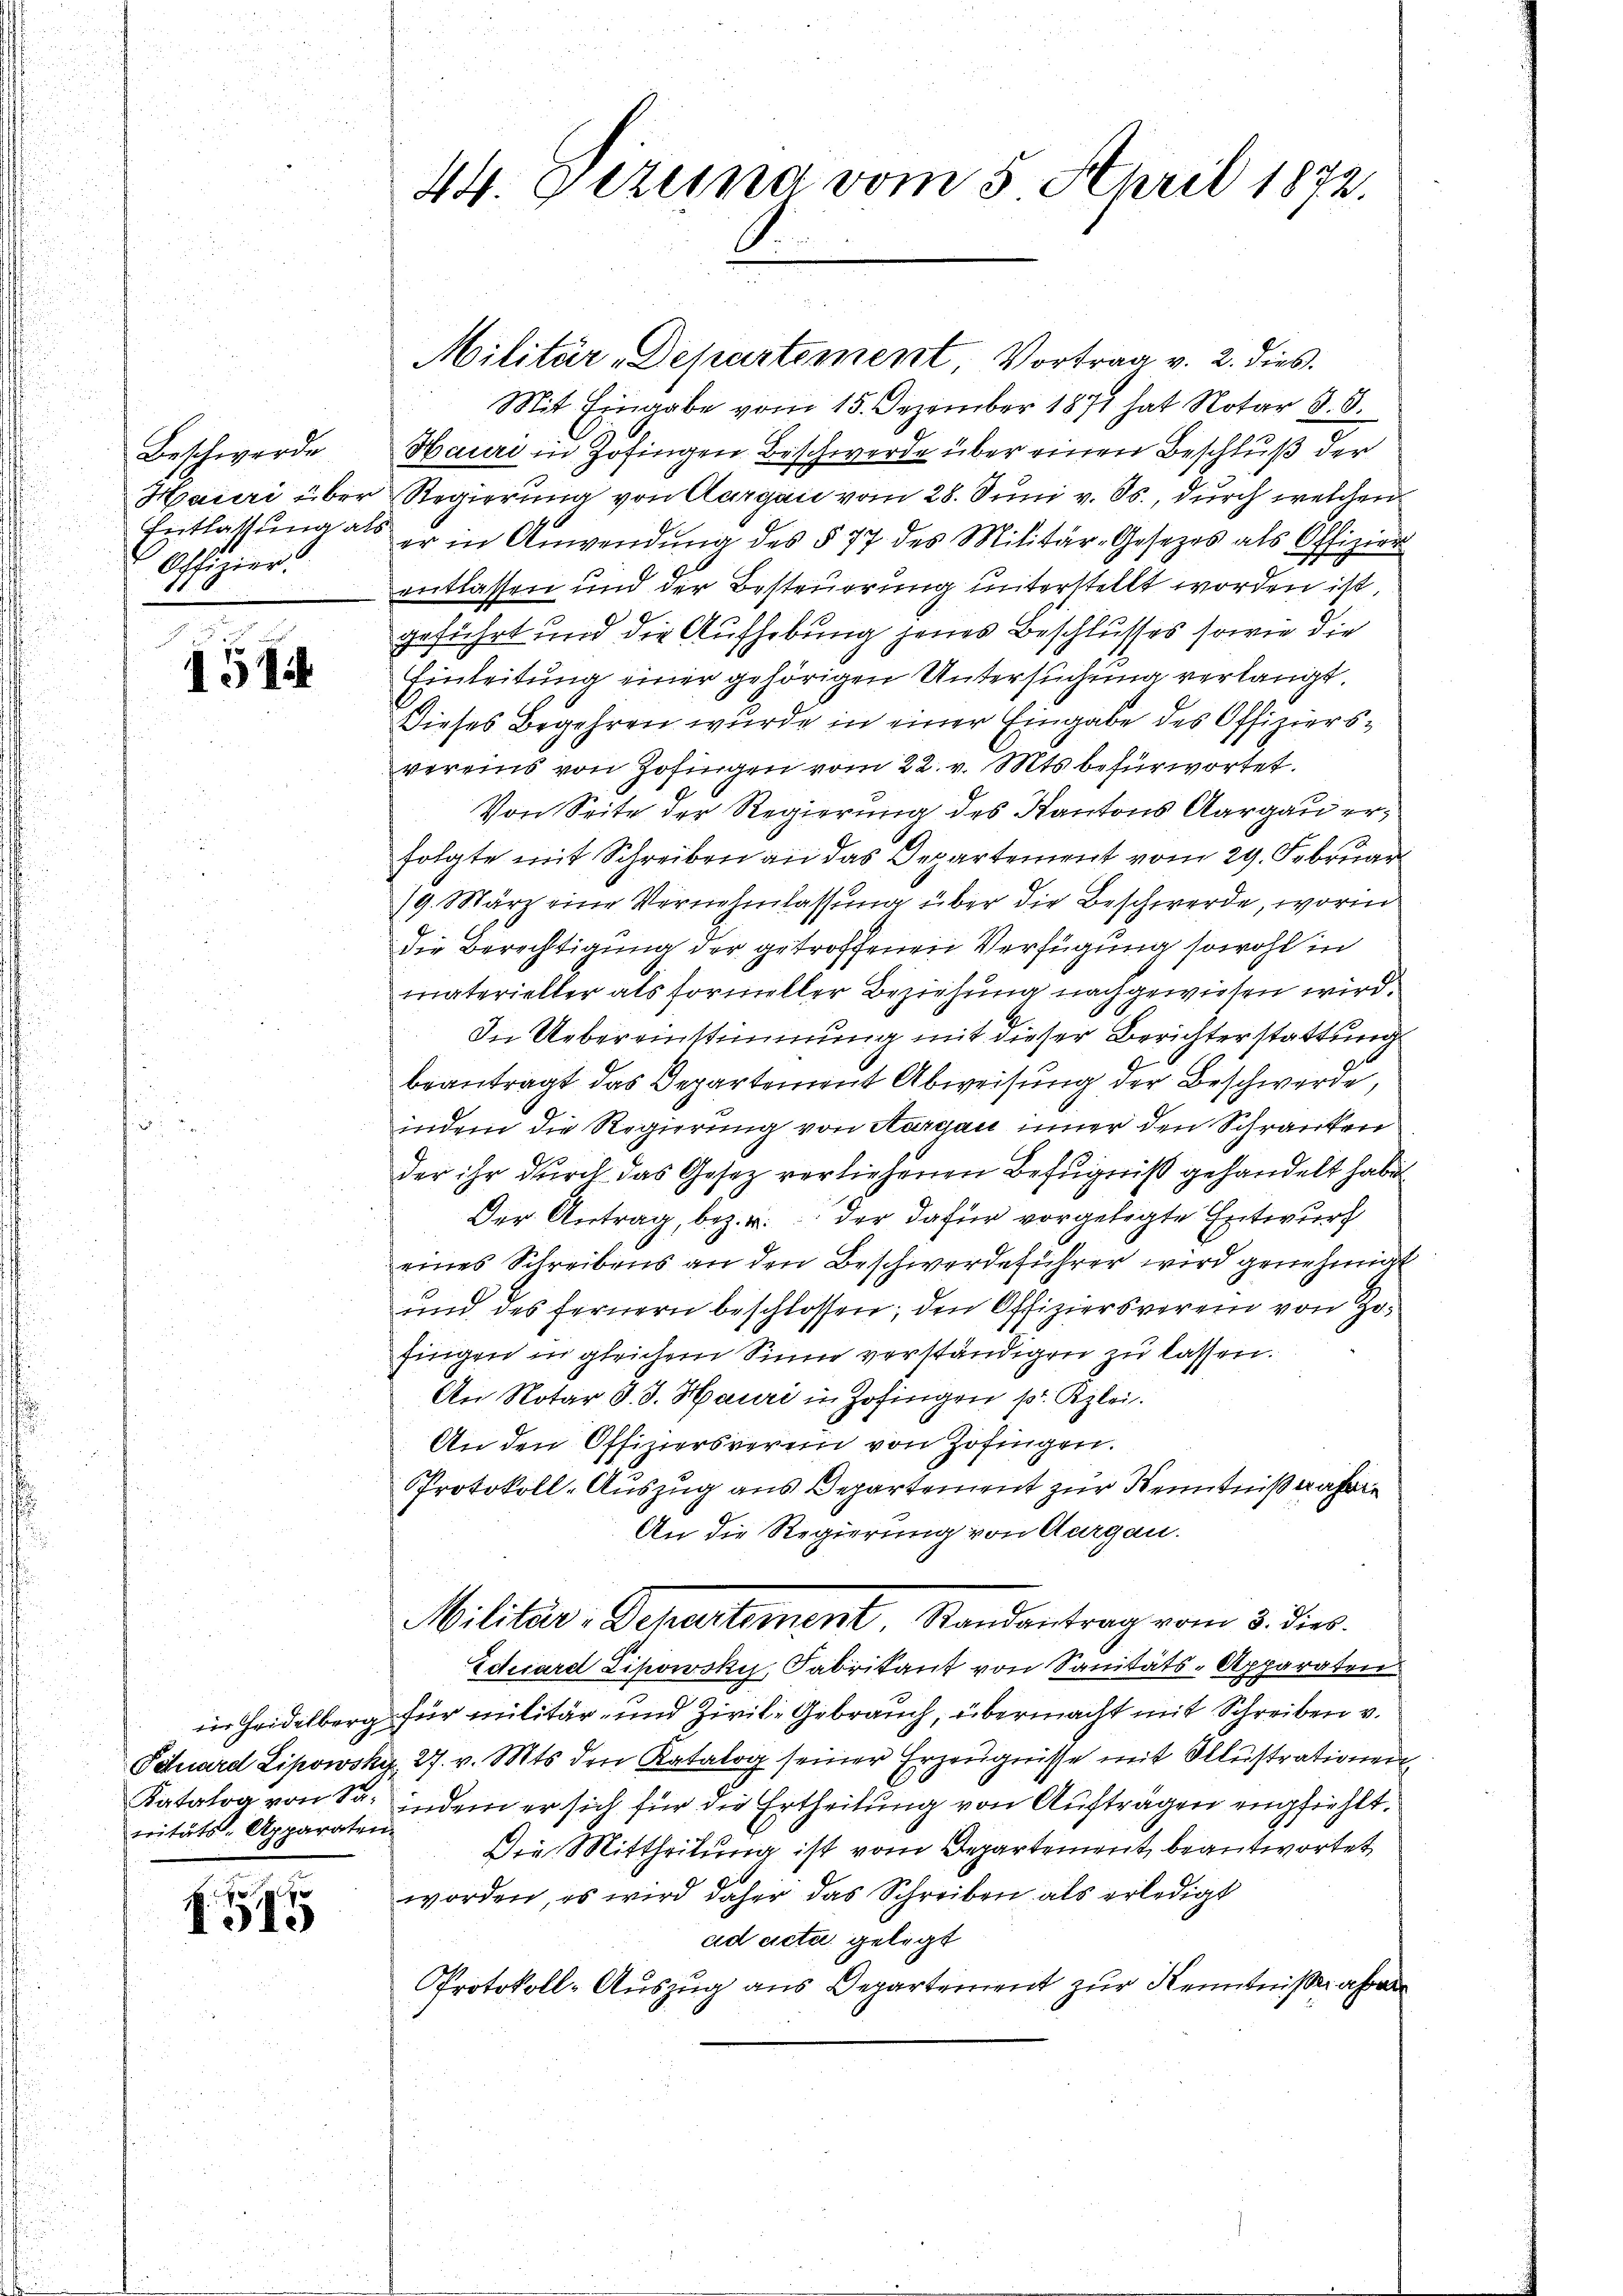
Beschwerde
Offizier:

1514

tritäts-Apparaten.

15

Mit Eingabe vom 15. Dezember 1871 hat Notar d. 8.
Hauri in Zofingen Beschwerde über einen Beschluß der
Hauri über Regierung von Aargau vom 28. Juni v. Js., durch welchen
Entlassŭng als er in Anwendŭng des § 77 des Militär-Gesetzes als Offizier
entlassen und der Besteuerung unterstellt worden ist,
geführt und die Aufhebung jenes Beschlusses sowie die
Einleitung einer gehörigen Untersuchung verlangt.
Dieses Begehren wurde in einer Eingabe des Offiziersvereins von Zofingen vom 22. v. Mts. befürwortet.
Von Seite der Regierung des Kantons Aargau erfolgte mit Schreiben an das Departement vom 29. Februar
19. März eine Vernehmlassung über die Beschwerde, worin
die Berechtigung der getroffenen Verfügung sowohl in
materieller als formeller Beziehung nachgewiesen wird.
In Uebereinstimmung mit dieser Berichterstattung
beantragt das Departement Abweisung der Beschwerde,
indem die Regierung von Aargau inner den Schranken
der ihr durch das Gesetz verliehenen Befugniß gehandelt habe
Der Antrag, bez. u. der dafür vorgelegte Entwurf
eines Schreibens an den Beschwerdeführer wird genehmigt
und des fernern beschlossen; den Offiziersverein von Zofingen in gleichem Sinne verständigen zu lassen.
An Notar J. J. Hauri in Zofingen pr. Kzlei.
An den Offiziersverein von Zofingen.
Protokoll-Auszug aus Departement zur Kenntniß wahre
An die Regierung von Aargau.
Militär: Departement Randantrag vom 3. dies
Echiard Lipowsky, Fabrikant von Sanitäts-Apparaten
in Heidelberg für militär- und Zivile Gebrauch, übermacht mit Schreiben v.
Petard Lipowsky, 27. v. Mts. den Katalog seiner Erzeugnisse mit Illustrationen
Katalog von Sr. indem er sich für die Ertheilung von Aufträgen empfiehlt.
Die Mittheilung ist vom Departement beantwortet,
worden, es wird daher das Schreiben als erledigt
ad acta gelegt
Protokoll-Auszug aus Departement zur Kenntniße abe

44. Gezuna vom 5. April 1872.
S.

Militär-Departement, Vortrag v. 2. dies